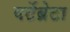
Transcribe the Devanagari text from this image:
वर्टेब्रेटा